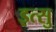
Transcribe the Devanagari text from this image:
इत्सु